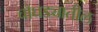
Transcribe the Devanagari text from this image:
चौघड्यातील